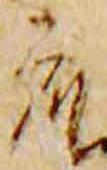
衆